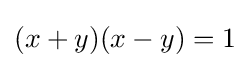
(x+y)(x-y)=1